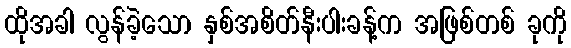
ထိုအခါ လွန်ခဲ့သော နှစ်အစိတ်နီးပါးခန့်က အဖြစ်တစ် ခုကို